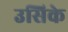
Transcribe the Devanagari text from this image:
उसिके